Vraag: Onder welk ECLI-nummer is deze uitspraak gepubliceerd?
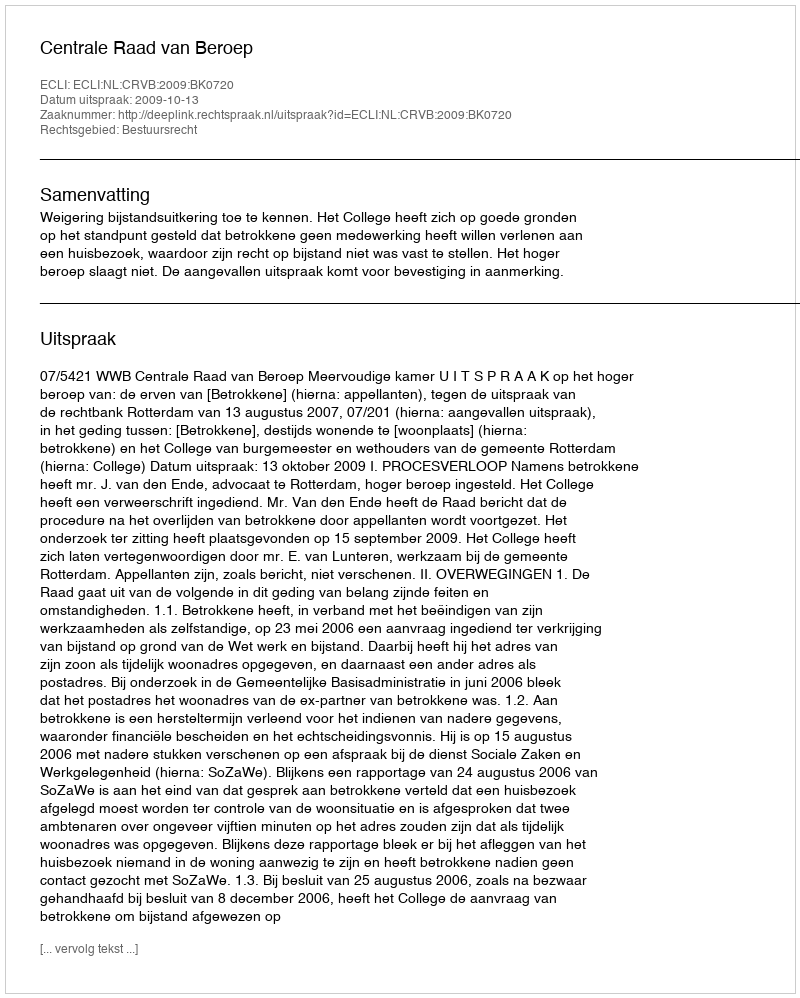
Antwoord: ECLI:NL:CRVB:2009:BK0720